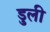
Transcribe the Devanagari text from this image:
डुली